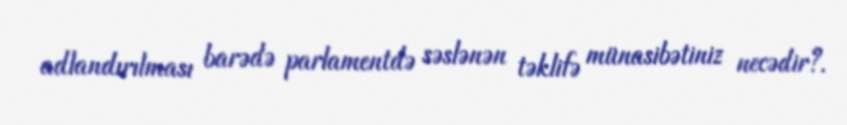
adlandırılması barədə parlamentdə səslənən təklifə münasibətiniz necədir?.